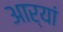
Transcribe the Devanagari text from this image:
आर्यां